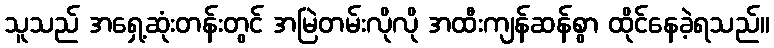
သူသည် အရှေ့ဆုံးတန်းတွင် အမြဲတမ်းလိုလို အထီးကျန်ဆန်စွာ ထိုင်နေခဲ့ရသည်။